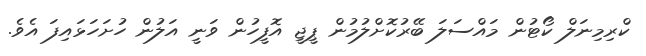
ކްރިމިނަލް ކޯޓުން މައްސަލަ ބޭރުކޮށްލުމުން ޕީޖީ އޮފީހުން ވަނީ އަލުން ހުށަހަޅައިފަ އެވެ.